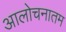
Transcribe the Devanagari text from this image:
आलोचनातम